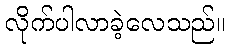
လိုက်ပါလာခဲ့လေသည်။